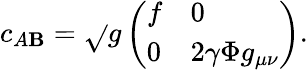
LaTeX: c_{A\mathbf{B}}=\sqrt{}{{g}}\left(\begin{array}{ll}{{f}}&{{0}}\\ {{0}}&{{2\gamma\Phi g_{\mu\nu}}}\end{array}\right).